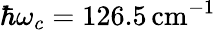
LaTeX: \hbar\omega_{c}=126.5\, \mathrm{cm}^{-1}